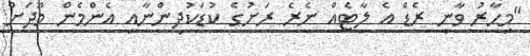
"މިހާރު ވާނީ ރެޑް އެ ލާޓެއް ނެރެ ރަށުގެ ކުޑަކުދިންނާއި އެންމެން މޫދަށް